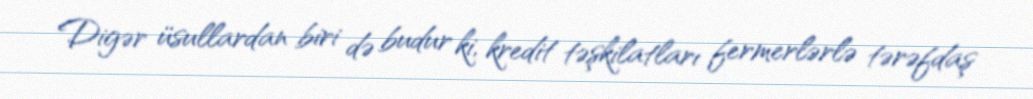
Digər üsullardan biri də budur ki, kredit təşkilatları fermerlərlə tərəfdaş